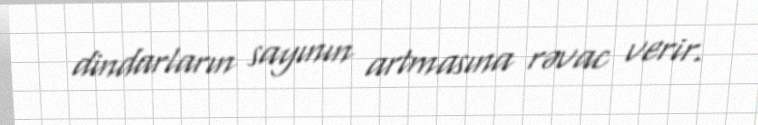
dindarların sayının artmasına rəvac verir.